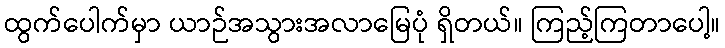
ထွက်ပေါက်မှာ ယာဉ်အသွားအလာမြေပုံ ရှိတယ်။ ကြည့်ကြတာပေါ့။